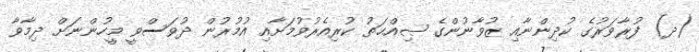
(ދ) ފުރާވަރުގެ ކުދިންނާއި ޒުވާނުންގެ ޞިއްޙަތު ކުރިއެރުވުމަށާއި އުމުރުން ދުވަސްވީ މީހުންނަށް ދިމާވާ